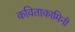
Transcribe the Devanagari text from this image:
कविताकामिनी